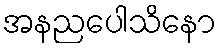
အနညပေါသိနော